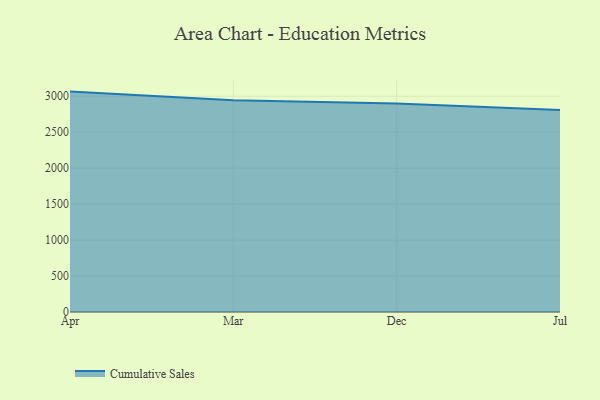
{"axis": {"x": "Month", "y": "Conversion Rate (%)"}, "legend": ["Cumulative Sales"], "data": [{"x": "Apr", "y": 3064.5, "type": "Cumulative Sales"}, {"x": "Mar", "y": 2945.3, "type": "Cumulative Sales"}, {"x": "Dec", "y": 2899.9, "type": "Cumulative Sales"}, {"x": "Jul", "y": 2809.7, "type": "Cumulative Sales"}]}